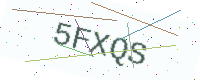
Text: 5FXQS